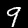
Digit: 9